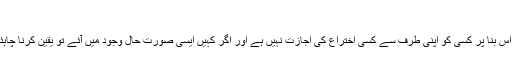
[56]
چونکہ نماز ایک عبادت ہے اس بنا پر کسی کو اپنی طرف سے کسی اختراع کی اجازت نہیں ہے اور اگر کہیں ایسی صورت حال وجود میں آئے تو یقین کرنا چاہئے کہ یہ باطل اور حرام ہے۔